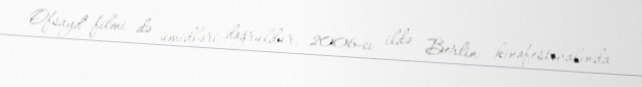
Ofsayd" filmi də ümidləri doğruldur, 2006-cı ildə Berlin kinofestivalında